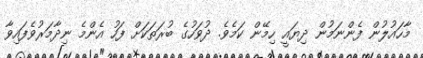
މާހައުލުން ފެންނަމުން ދިޔައީ ހިމޭން ކަމެވެ. ދުވަހުގެ ބުރަތަކަށް ފަހު އެންމެ ނިދާމަރުވެފައިވާ